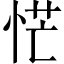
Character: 恾